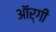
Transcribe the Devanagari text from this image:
ऑर्गी